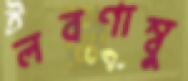
লবণাম্বু